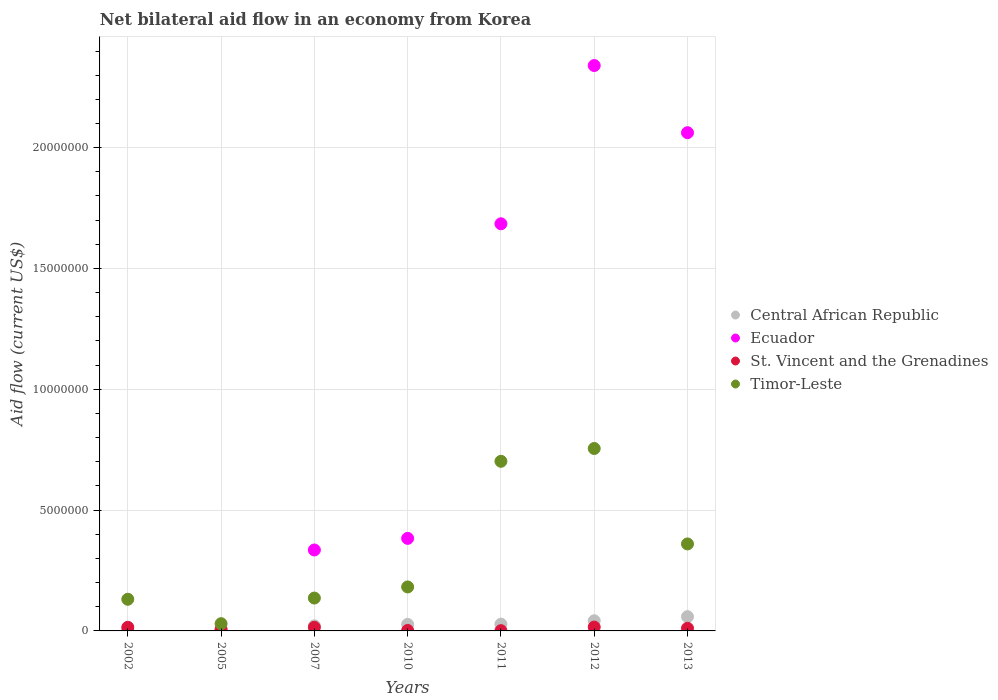
| Years | Central African Republic | Ecuador | St. Vincent and the Grenadines | Timor-Leste |
 | --- | --- | --- | --- | --- |
 | 2002 | 5e+04 | -6e+04 | 1.5e+05 | 1.31e+06 |
 | 2005 | 7e+04 | -5.6e+05 | 6e+04 | 3e+05 |
 | 2007 | 2.1e+05 | 3.35e+06 | 1.5e+05 | 1.36e+06 |
 | 2010 | 2.7e+05 | 3.83e+06 | 2e+04 | 1.82e+06 |
 | 2011 | 2.8e+05 | 1.68e+07 | 1e+04 | 7.02e+06 |
 | 2012 | 4.2e+05 | 2.34e+07 | 1.6e+05 | 7.55e+06 |
 | 2013 | 5.9e+05 | 2.06e+07 | 1.1e+05 | 3.6e+06 |